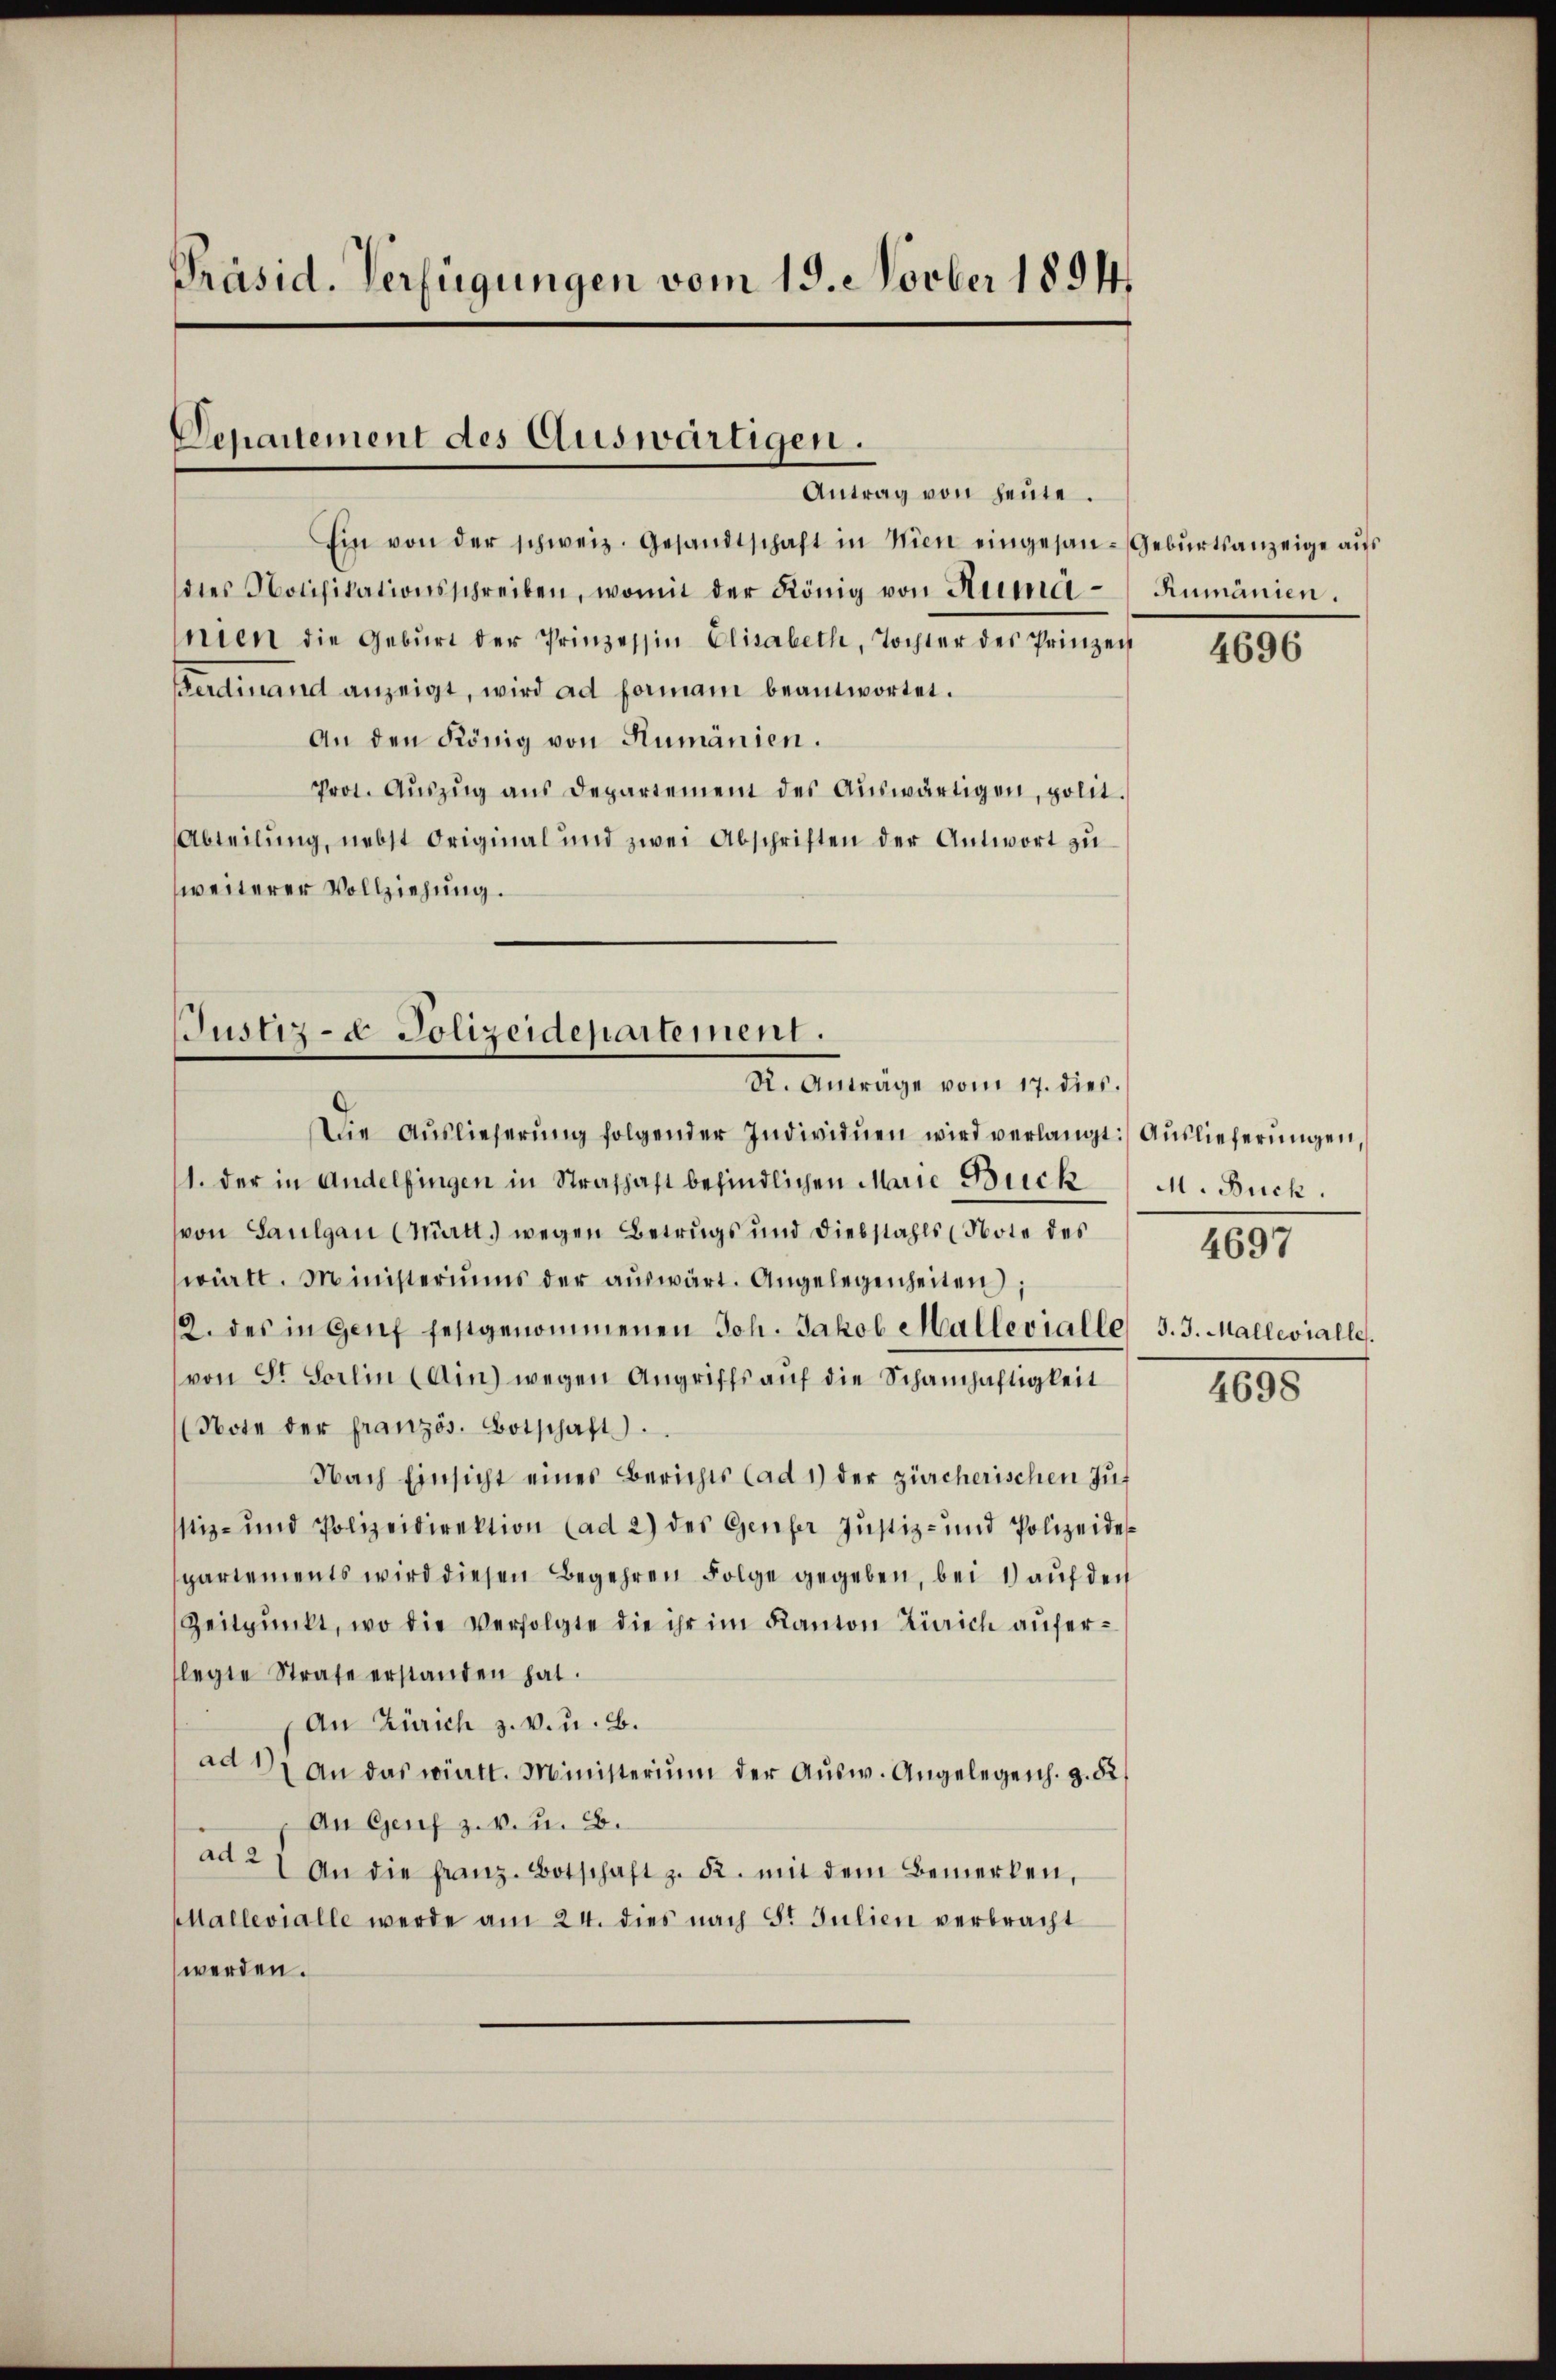
Präsid. Verfügungen vom 19. Novber 1894.

Departement des Auswärtigen.
Antrag von heute.

Ein von der schweiz. Gesandtschaft in Wien eingesan-Gebŭrtsanzeige aŭs
dies Notifikationsschreiben, womit der König von Rumanien die Geburt der Prinzessin Elisabeth, Tochter des Prinzei
Ferdinand anzeigt, wird ad formani beantwortet.
An den König von Rumänien.
Prot. Aŭszŭg aŭs Departement des Aŭswärtigen, polit.
Abteilung, nebst Original und zwei Abschriften der Antwort zu
weiterer Vollziehung.
Die Aŭslieferŭng folgender Individuen wird verlangt: Aŭslieferŭngen,
1. der in Andelfingen in Strafhaft befindlichen Marie Bick
von Saulgau (Württ.) wegen Betrugs und Diebstahls (Note des
württ. Ministeriums der aŭswärt. Angelegenheiten);
9. des in Genf festgenommenen Joh. Jakob Mallevialle 3. 3. Mallevialle.
von St. Sorlin (Ain) wegen Angriffs auf die Schamhaftigkeit
(Note der französ. Botschaft.
Nach Einsicht eines Berichts (ad 1) der zürcherischen Zu
stiz- und Polizeidirektion (ad 2) des Genfer Justiz- und Polizeidi
spartements wird diesen Begehren Folge gegeben, bei 1) auf der
Zeitpunkt, wo die Verfolgte die ihr im Kanton Zürich aŭfer-
legte Strafe erstanden hat.
An Zürich z. v. u. B.
ad 2, an das württ. Ministerium der Aŭsw. Angelegens. g. 52
An Genf z. v. u. 2.
ad 27 An die franz. Botschaft z. 52. mit dem Bemerken,
Hallevialle werde am 24. dies nach St. Julien verbracht
werden.

Justiz- & Polizeidepartement.
R. Anträge vom 17. dies.

Rumänien.

4696

M. Buck.
4697

4698